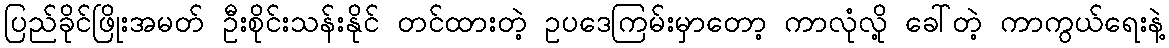
ပြည်ခိုင်ဖြိုးအမတ် ဦးစိုင်းသန်းနိုင် တင်ထားတဲ့ ဥပဒေကြမ်းမှာတော့ ကာလုံလို့ ခေါ်တဲ့ ကာကွယ်ရေးနဲ့